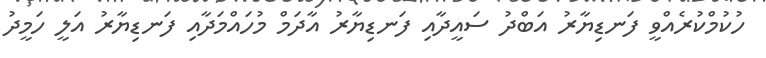
ހުކުމްކުރެއްވީ ފަނޑިޔާރު އަބްދު ސައީދާއި ފަނޑިޔާރު އާދަމް މުހައްމަދާއި ފަނޑިޔާރު އަލީ ހަމީދު